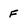
Character: F